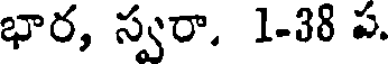
భార, స్వరా. 1-38 ప.